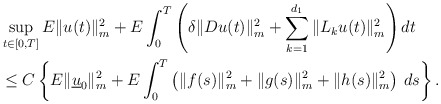
\begin{align*}&\sup_{t\in[0,T]}E\|u(t)\|_m^2+E\int_{0}^T\left(\delta\|Du(t)\|_m^2+\sum_{k=1}^{d_1}\|L_ku(t)\|_m^2\right)dt\\&\leq C\left\{E\|\underline{u}_0\|_m^2 + E\int_{0}^T \left(\|f(s)\|_m^2+\|g(s)\|_m^2+\|h(s)\|_m^2\right)\,ds\right\}. \end{align*}